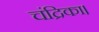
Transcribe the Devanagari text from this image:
चंद्रिका।